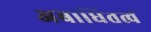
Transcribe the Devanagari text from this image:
अबाधितत्वं